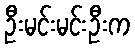
ဦးမင်းမင်းဦးက